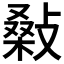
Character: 𢾪